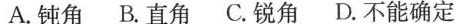
A. 钝角B. 直角C. 锐角D. 不能确定